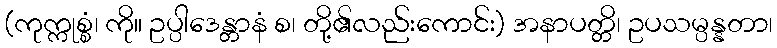
(ကုက္ကုစ္စံ၊ ကို။ ဥပ္ပါဒေန္တာနံ စ၊ တို့၏လည်းကောင်း) အနာပတ္တိ၊ ဥပသမ္ပန္နတာ၊